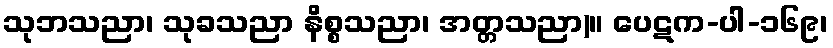
သုဘသညာ၊ သုခသညာ နိစ္စသညာ၊ အတ္တသညာ)။ ပေဋက-ပါ-၁၆၉၊